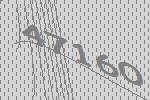
47160